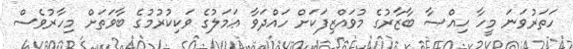
ހަތަރުވަނަ މީހާ ޙިއްޞާ ބާޒާރުގެ މުވައްޒިފަކަށް ހައްދަވާ ޢަމަލުގެ ވަކިކުރުމުގެ ބާވަތަށް މިހާރުވެސް